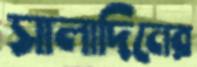
সালাদিনের